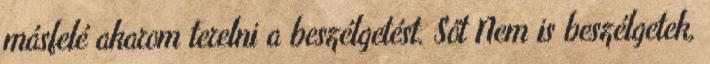
másfelé akarom terelni a beszélgetést. Sőt Nem is beszélgetek,